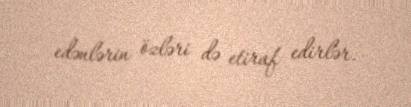
edənlərin özləri də etiraf edirlər.